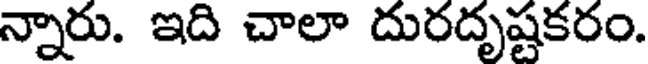
న్నారు. ఇది చాలా దురదృష్టకరం.